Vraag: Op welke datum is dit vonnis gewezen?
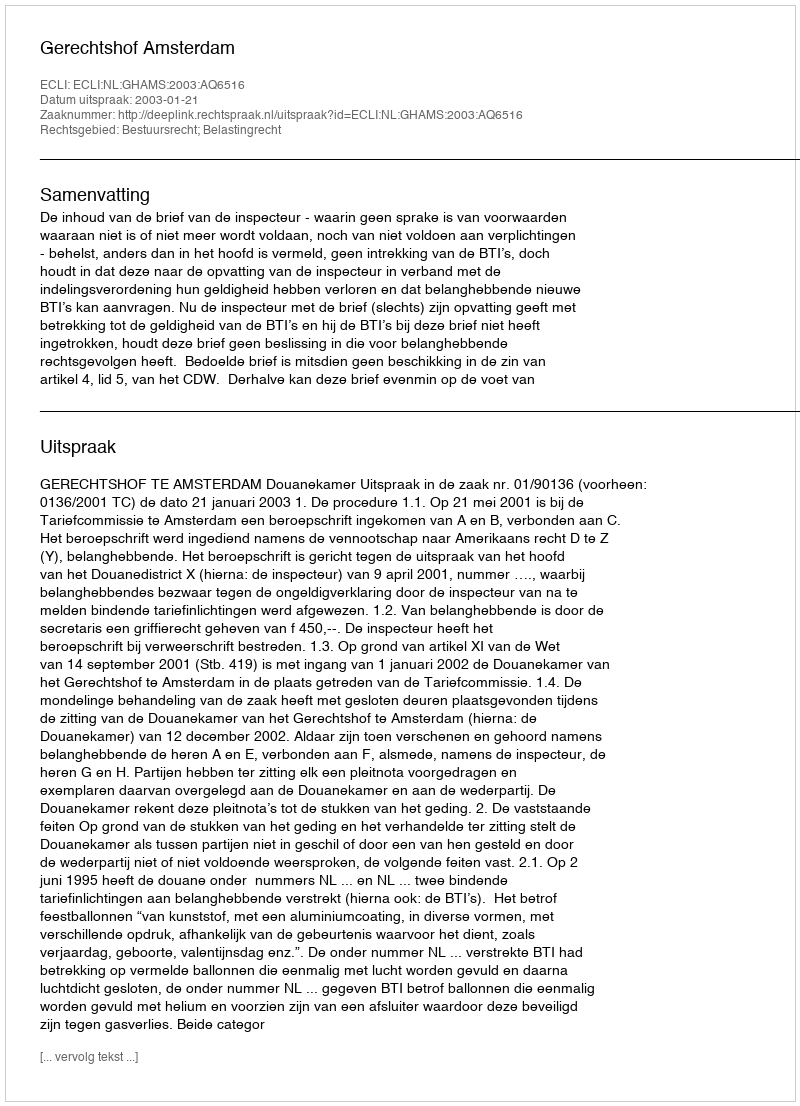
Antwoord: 2003-01-21